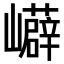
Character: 𭗳